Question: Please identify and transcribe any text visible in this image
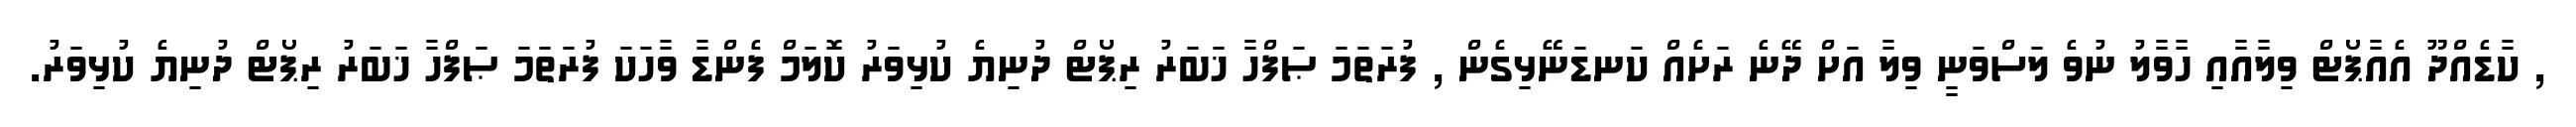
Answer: , ކާޑެއްދޫ އެއާޕޯޓް ވިލާއާއި ހާވާލު ނުވެ ލަސްވަނީ ވިލާ އަށް ދޭނެ ރަށެއް ކަނޑަނޭޅިގެން , ފުރަތަމަ ޞަފްހާ ޚަބަރު ރިޕޯޓް ދުނިޔެ ކުޅިވަރު ކޮލަމް ފެންޑާ ވާހަކަ ފުރަތަމަ ޞަފްހާ ޚަބަރު ރިޕޯޓް ދުނިޔެ ކުޅިވަރު.